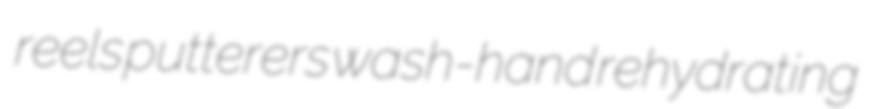
reels putterers wash-hand rehydrating